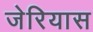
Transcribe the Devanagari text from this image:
जेरियास